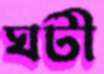
ঘটী